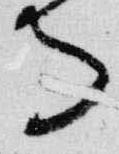
寺